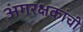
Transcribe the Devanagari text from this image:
अंगरक्षकांची